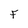
Character: F